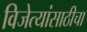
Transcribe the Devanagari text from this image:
विजेत्यांसाठीचा